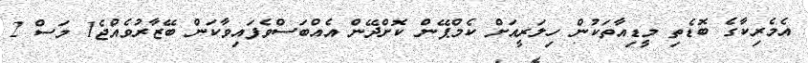
އެމެރިކާގެ ބޮޑެތި މީޑިއާތަކުން ހިލަރީއަށް ކެމްޕޭން ކޮށްދޭން އެއްބަސްވެފައިވާކަން ބޭޒާރުވެއްޖެ1 މަސް 2